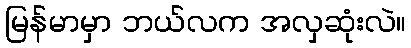
မြန်မာမှာ ဘယ်လက အလှဆုံးလဲ။